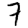
Digit: 7